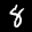
Label: 8